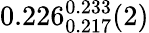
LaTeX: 0.226_{0.217}^{0.233}(2)